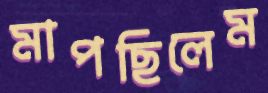
মাপছিলেম